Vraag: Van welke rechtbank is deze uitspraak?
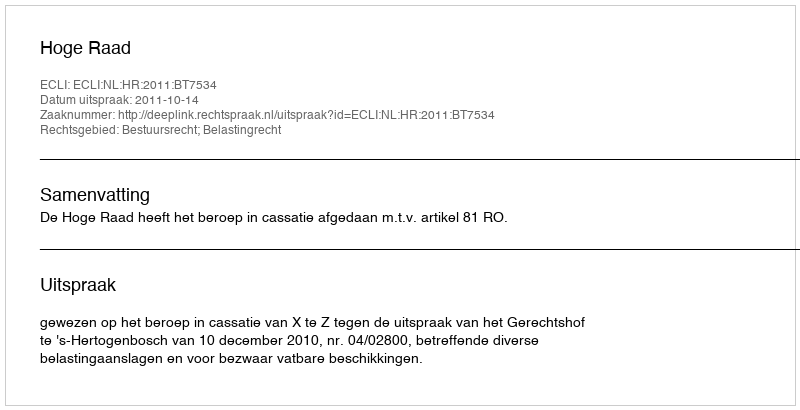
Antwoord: Hoge Raad